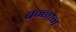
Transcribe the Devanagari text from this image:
ब्रन्नान